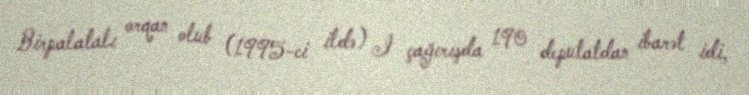
Birpalatalı orqan olub (1995-ci ildə) I çağırışda 190 deputatdan ibarət idi,